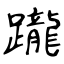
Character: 躘